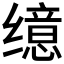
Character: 𫄷